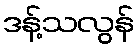
ဒန့်သလွန်